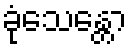
ခုံသေန္တော